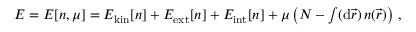
\begin{array} { r } { E = E [ n , \mu ] = E _ { \mathrm { k i n } } [ n ] + E _ { \mathrm { e x t } } [ n ] + E _ { \mathrm { i n t } } [ n ] + \mu \left( N - \int ( \mathrm { d } \vec { r } ) \, n ( \vec { r } ) \right) \, , } \end{array}